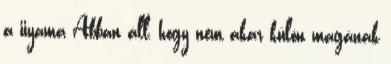
a iiyama Abban áll, hogy nem akar külön magának